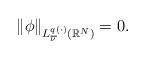
LaTeX: \begin{align*} \|\phi\|_{L^{q(\cdot)}_{\overline{\nu}}(\mathbb{R}^{N})} =0. \end{align*}